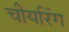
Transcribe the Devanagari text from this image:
चीयरिंग